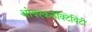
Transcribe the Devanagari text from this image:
ओवरकनेक्टिविटी